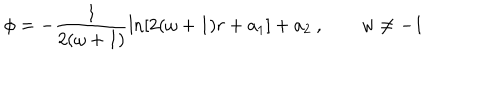
\phi = - \frac { 1 } { 2 ( \omega + 1 ) } \ln [ 2 ( \omega + 1 ) r + a _ { 1 } ] + a _ { 2 } \: , \quad \quad w \neq - 1